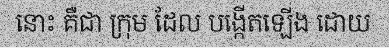
នោះ គឺជា ក្រុម ដែល បង្កើតឡើង ដោយ